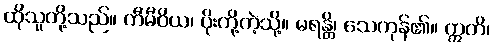
ထိုသူတို့သည်။ ကီမီဝိယ၊ ပိုးတို့ကဲ့သို့။ မရန္တိ၊ သေကုန်၏။ ဣတိ၊